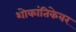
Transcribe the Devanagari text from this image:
शोकांतिकेवर